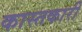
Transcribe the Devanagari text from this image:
कास्तकारी